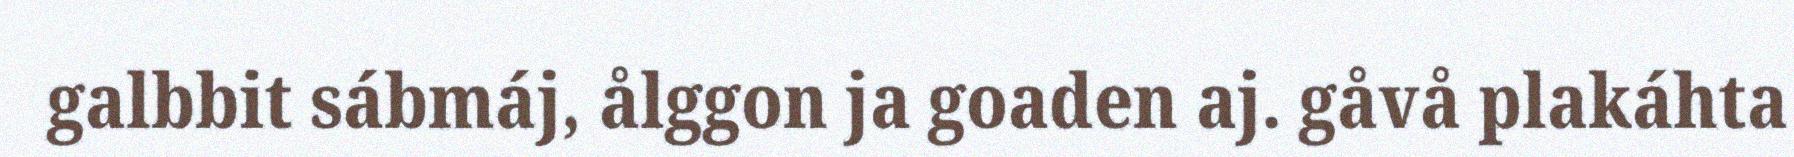
galbbit sábmáj, ålggon ja goaden aj. gåvå plakáhta